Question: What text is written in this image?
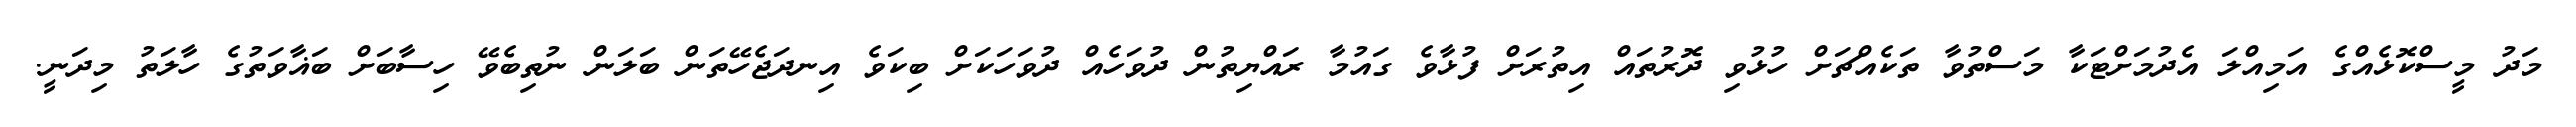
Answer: މަދު މީސްކޮޅެއްގެ އަމިއްލަ އެދުމަށްޓަކާ މަސްތުވާ ތަކެއްޗަށް ހުޅުވި ދޮރުތައް އިތުރަށް ފުޅާވެ ގައުމާ ރައްޔިތުން ދުވަހެއް ދުވަހަކަށް ބިކަވެ އިނދަޖެހޭތަން ބަލަން ނުތިބެވޭ ހިސާބަށް ބަޣާވަތުގެ ހާލަތު މިދަނީ.